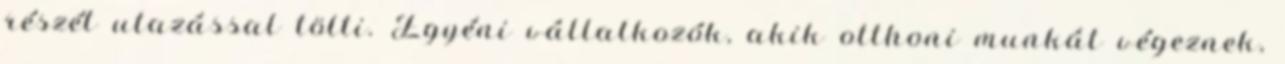
részét utazással tölti. Egyéni vállalkozók, akik otthoni munkát végeznek,